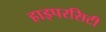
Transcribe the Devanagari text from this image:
हाइपरसिटी